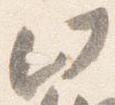
此